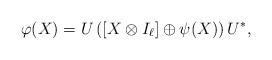
LaTeX: \begin{align*}\varphi(X) = U\left([X\otimes I_\ell]\oplus\psi(X)\right)U^*,\end{align*}